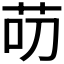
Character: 𱽕